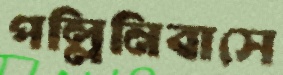
পল্লিনিবাসে